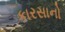
કારસાનો